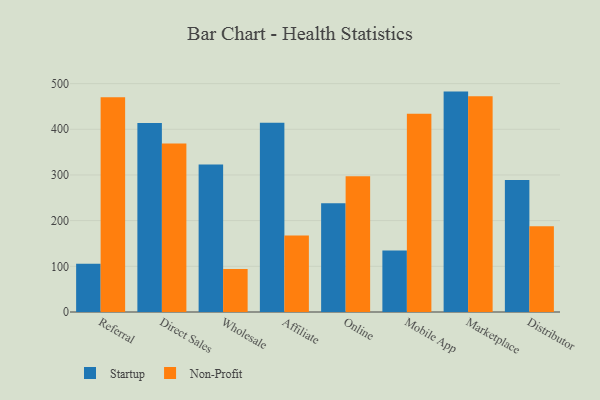
{"axis": {"x": "Channel", "y": "Humidity (%)"}, "legend": ["Non-Profit", "Startup"], "data": [{"x": "Referral", "y": 105.7, "type": "Startup"}, {"x": "Referral", "y": 470.2, "type": "Non-Profit"}, {"x": "Direct Sales", "y": 413.8, "type": "Startup"}, {"x": "Direct Sales", "y": 369.1, "type": "Non-Profit"}, {"x": "Wholesale", "y": 322.8, "type": "Startup"}, {"x": "Wholesale", "y": 94.3, "type": "Non-Profit"}, {"x": "Affiliate", "y": 414.2, "type": "Startup"}, {"x": "Affiliate", "y": 167.5, "type": "Non-Profit"}, {"x": "Online", "y": 237.9, "type": "Startup"}, {"x": "Online", "y": 297.1, "type": "Non-Profit"}, {"x": "Mobile App", "y": 134.4, "type": "Startup"}, {"x": "Mobile App", "y": 434.0, "type": "Non-Profit"}, {"x": "Marketplace", "y": 482.5, "type": "Startup"}, {"x": "Marketplace", "y": 472.3, "type": "Non-Profit"}, {"x": "Distributor", "y": 289.2, "type": "Startup"}, {"x": "Distributor", "y": 187.7, "type": "Non-Profit"}]}